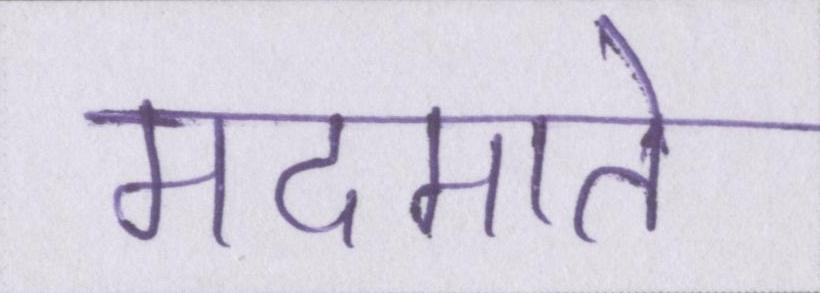
मदमाते